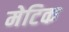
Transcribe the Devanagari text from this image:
मेटिक